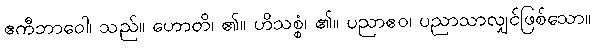
ဧကီဘာဝေါ၊ သည်။ ဟောတိ၊ ၏။ ဟိသစ္စံ၊ ၏။ ပညာဧဝ၊ ပညာသာလျှင်ဖြစ်သော။